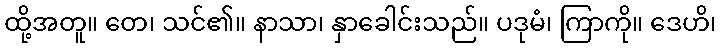
ထို့အတူ။ တေ၊ သင်၏။ နာသာ၊ နှာခေါင်းသည်။ ပဒုမံ၊ ကြာကို။ ဒေဟိ၊